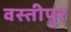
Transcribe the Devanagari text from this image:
वस्तीपुर